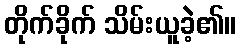
တိုက်ခိုက် သိမ်းယူခဲ့၏။